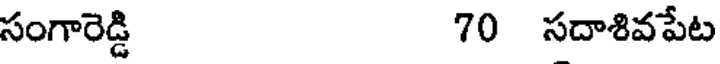
సంగారెడ్డి 70 సదాశివపేట